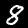
Label: 8